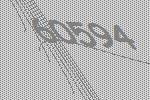
60594